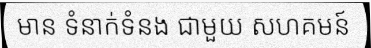
មាន ទំនាក់ទំនង ជាមួយ សហគមន៍